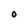
Character: O